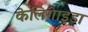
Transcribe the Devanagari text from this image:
केलिगाइडा